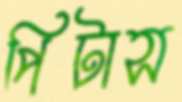
পিটাস